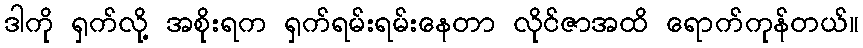
ဒါကို ရှက်လို့ အစိုးရက ရှက်ရမ်းရမ်းနေတာ လိုင်ဇာအထိ ရောက်ကုန်တယ်။